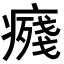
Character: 𭼨